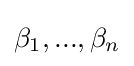
\beta _{1},...,\beta _{n}